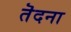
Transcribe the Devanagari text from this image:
तॆदना